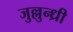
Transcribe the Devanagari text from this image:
जुल्लुन्ध्री